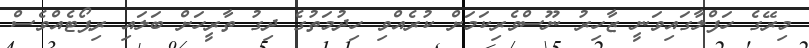
މިރޭގެ ހަފްލާގައިވަނީ ޒާހިރު ނޫސްވެރިކަމަށް ކުރެއްވި ހިދުމަތުގެ ދިގު ތާރީހަށް ބަލައި ރިޕޯޓެއްވެސް